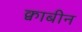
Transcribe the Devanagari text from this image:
क्वाबीन